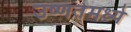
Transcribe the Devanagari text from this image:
उष्णतेमध्ये